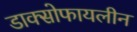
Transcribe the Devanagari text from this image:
डाक्सोफायलीन